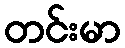
တင်းမာ